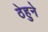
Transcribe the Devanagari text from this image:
ठेहुने